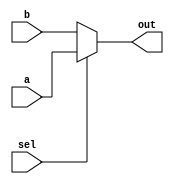
module mux_j(a,b,sel,out);

input [31:0] a,b;
input sel;

output [31:0] out;

assign out = (sel) ? a : b;

endmodule